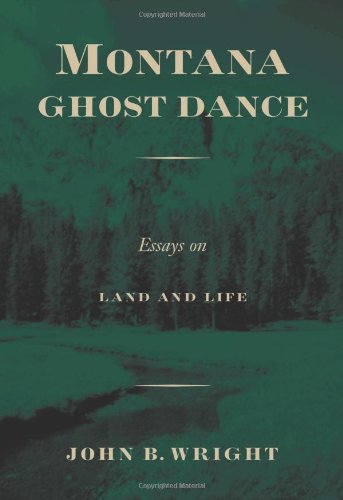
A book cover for Montana Ghost Dance: Essays on Land and Life; John B. Wright; Travel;